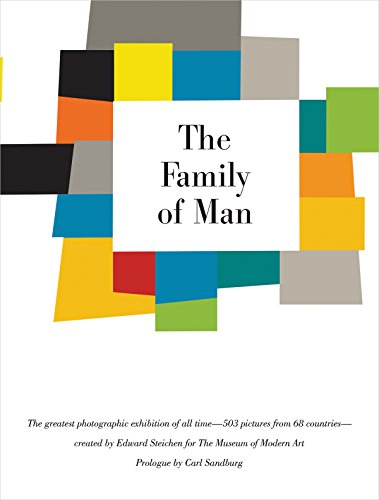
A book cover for The Family of Man: 60th Anniversary Edition; Arts & Photography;